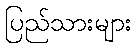
ပြည်သားများ